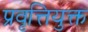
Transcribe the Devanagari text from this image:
प्रवृत्तियुक्त